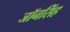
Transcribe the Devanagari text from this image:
जॉनसिंह